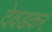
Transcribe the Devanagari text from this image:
देवडकर